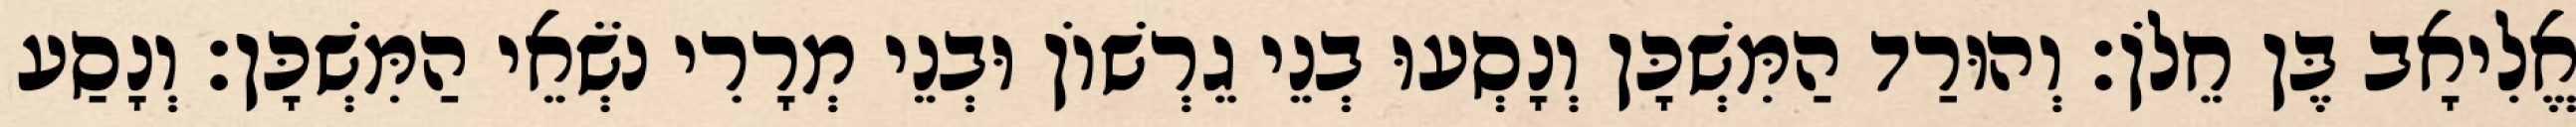
אֱלִיאָב בֶּן חֵלֹן׃ וְהוּרַד הַמִּשְׁכָּן וְנָסְעוּ בְנֵי גֵרְשׁוֹן וּבְנֵי מְרָרִי נֹשְׂאֵי הַמִּשְׁכָּן׃ וְנָסַע